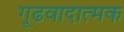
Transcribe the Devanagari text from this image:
गूढवादात्मक